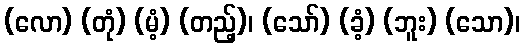
(လော) (တုံ) (မံ့) (တည့်)၊ (သော်) (ခံ့) (ဘူး) (သော)၊